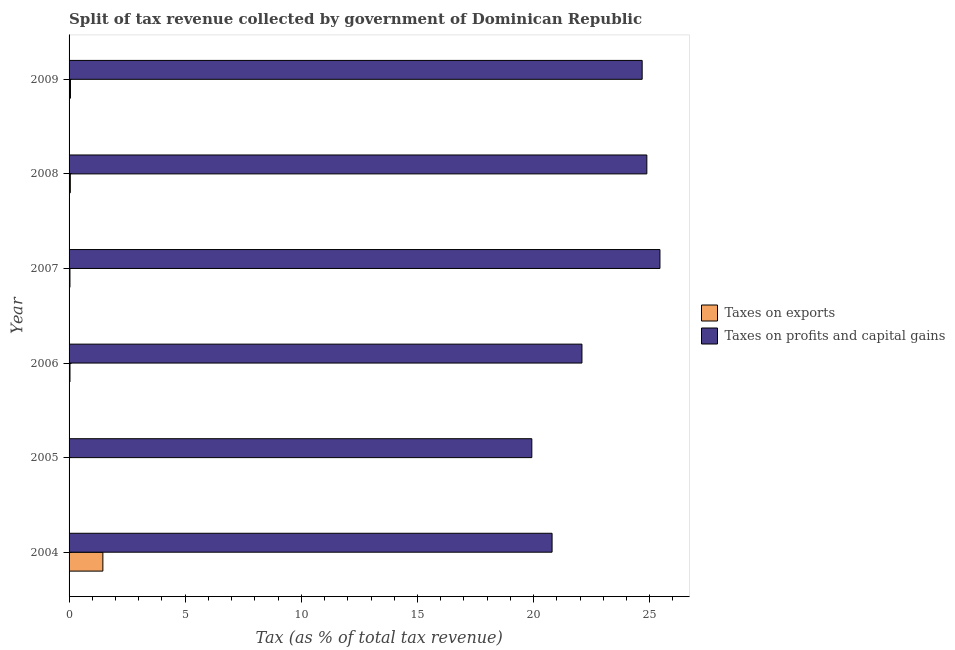
| Year | Taxes on exports | Taxes on profits and capital gains |
 | --- | --- | --- |
 | 2004 | 1.46 | 20.8 |
 | 2005 | 0.00914 | 19.9 |
 | 2006 | 0.0391 | 22.1 |
 | 2007 | 0.038 | 25.4 |
 | 2008 | 0.0545 | 24.9 |
 | 2009 | 0.06 | 24.7 |